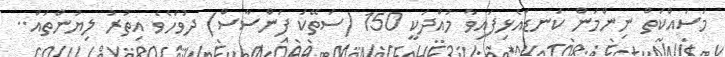
މަސައްކަތް ނިންމަން ކަނޑައެޅިފައިވާ މުއްދަކީ 150 (ސަތޭކަ ފަންސާސް) ދުވަހެވެ އިތުރު ލިޔުންތައް..